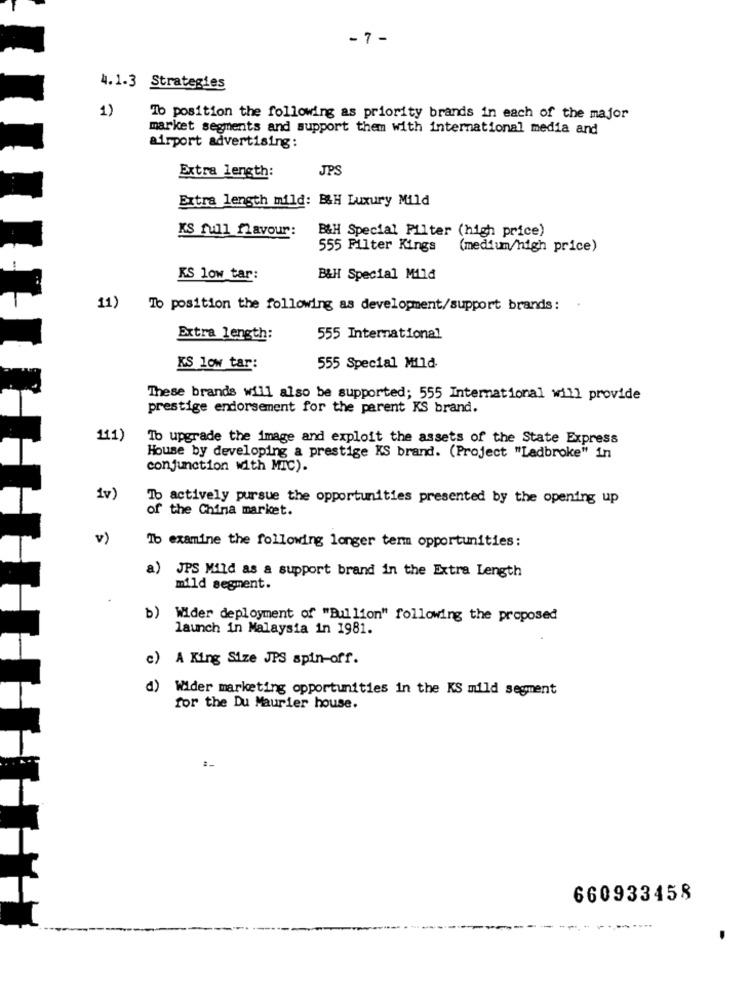
- 7 -
4.1-3 Strategies
1)
To position the following as priority brands in each of the major
market segments and support them with international media and
airport advertising:
JPS
Extra length:
Extra length mild: B&H Luxury Mild
KS full flavour:
B&H Special Filter (high price)
555 Filter Kings
(medium/high price)
KS low tar:
B&H Special Mild
11)
To position the following as development/support brands:
Extra length:
555 International
KS low tar:
555 Special Mild-
These brands will also be supported; 555 International will provide
prestige endorsement for the parent KS brand.
111)
To upgrade the image and exploit the assets of the State Express
House by developing a prestige KS brand. (Project "Ladbroke" in
conjunction with MIC).
1v)
To actively pursue the opportunities presented by the opening up
of the China market.
v)
Ib examine the following longer term opportunities:
a) JPS Mild as a support brand in the Extra Length
mild segment.
b) Wider deployment of "Bullion" following the proposed
launch in Malaysia in 1981.
c) A King Size JPS spin-off.
a)
Wider marketing opportunities in the KS mild segment
for the Du Maurier house.
660933458